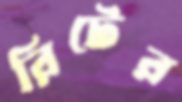
রিটের